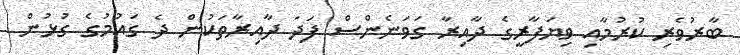
ބާރުވެރި ކުރުމާއި ވިޔަފާރީގެ ދާއިރާ ގަވަނެންސް ފަދަ ދާއިރާތަކުން ދެ ގައުމުގެ ގުޅުން